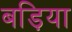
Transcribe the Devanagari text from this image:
बड़िया